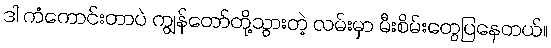
ဒါ ကံကောင်းတာပဲ ကျွန်တော်တို့သွားတဲ့ လမ်းမှာ မီးစိမ်းတွေပြနေတယ်။